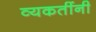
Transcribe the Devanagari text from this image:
व्यकतींनी